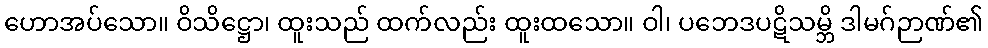
ဟောအပ်သော။ ဝိသိဋ္ဌော၊ ထူးသည် ထက်လည်း ထူးထသော။ ဝါ၊ ပဘေဒပဋိသမ္ဘိ ဒါမဂ်ဉာဏ်၏